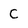
Character: C